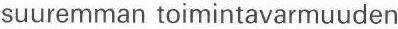
suuremman toimintavarmuuden